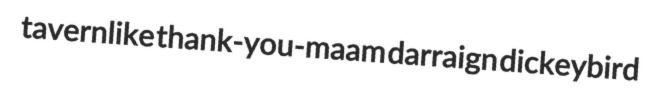
tavernlike thank-you-maam darraign dickeybird